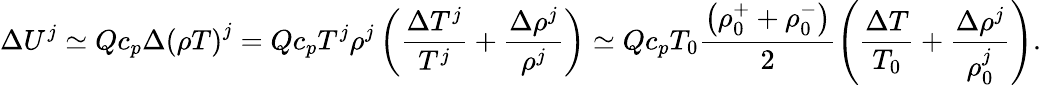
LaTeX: \Delta U^{j}\simeq Qc_{p}\Delta{\left(\rho T\right)}^{j}=Qc_{p}T^{j}\rho^{j}\left(\frac{\Delta T^{j}}{T^{j}}+\frac{\Delta\rho^{j}}{\rho^{j}}\right)\simeq Qc_{p}T_{0}\frac{\left(\rho_{0}^{+}+\rho_{0}^{-}\right)}{2}\left(\frac{\Delta T}{T_{0}}+\frac{\Delta\rho^{j}}{\rho_{0}^{j}}\right).